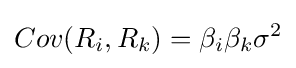
Cov(R_{i},R_{k})=\beta _{i}\beta _{k}\sigma ^{2}